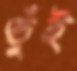
ভুঁই